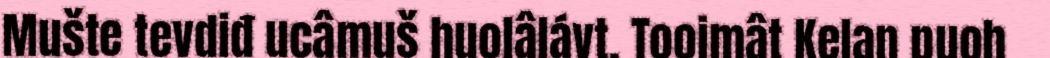
Mušte tevdiđ ucâmuš huolâlávt. Tooimât Kelan puoh